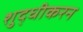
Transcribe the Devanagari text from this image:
शुद्धीकरन